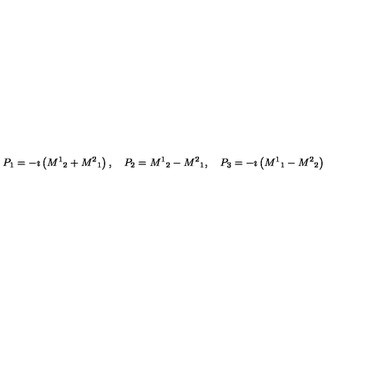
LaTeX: P _ { 1 } = - \imath \left( { M ^ { 1 } } _ { 2 } + { M ^ { 2 } } _ { 1 } \right) , \quad P _ { 2 } = { M ^ { 1 } } _ { 2 } - { M ^ { 2 } } _ { 1 } , \quad P _ { 3 } = - \imath \left( { M ^ { 1 } } _ { 1 } - { M ^ { 2 } } _ { 2 } \right)